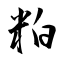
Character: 粕